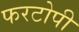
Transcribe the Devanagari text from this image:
फरटोपी